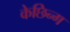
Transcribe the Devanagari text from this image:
केछिन्ग